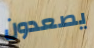
يصعدون